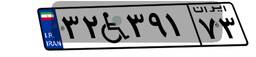
۳۲W۳۹۱۷۳